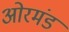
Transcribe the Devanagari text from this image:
ओरमंड